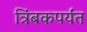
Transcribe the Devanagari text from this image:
त्रिंबकपर्यंत